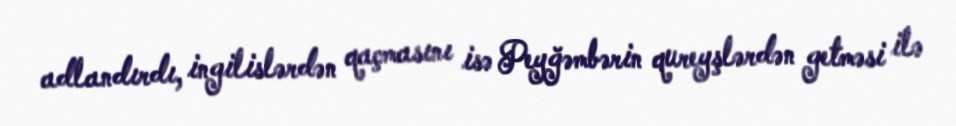
adlandırdı, ingilislərdən qaçmasını isə Peyğəmbərin qureyşlərdən getməsi ilə